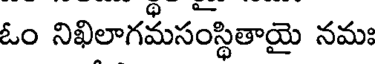
ఓం నిఖిలాగమసంస్థితాయై నమః